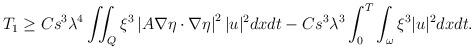
LaTeX: \begin{align*}\begin{aligned}T_1\geq C s^3 \lambda^4 \iint_Q \xi^3\left|A \nabla \eta \cdot \nabla \eta \right|^2|u|^2 dx dt-C s^3 \lambda^3\int_0^T \int_{\omega} \xi^3|u|^2 dx dt.\end{aligned}\end{align*}